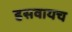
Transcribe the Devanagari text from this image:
हसवायच